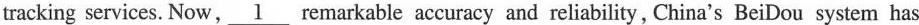
tracking services. Now, \underline{1} remarkable accuracy and reliability, China's Bei Dou system has